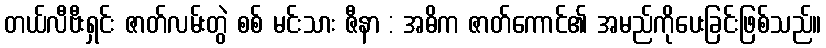
တယ်လီဗီးရှင်း ဇာတ်လမ်းတွဲ စစ် မင်းသား ဇီနာ : အဓိက ဇာတ်ကောင်၏ အမည်ကိုပေးခြင်းဖြစ်သည်။